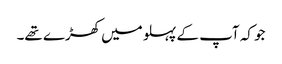
جو کہ آپ کے پہلو میں کھڑے تھے۔